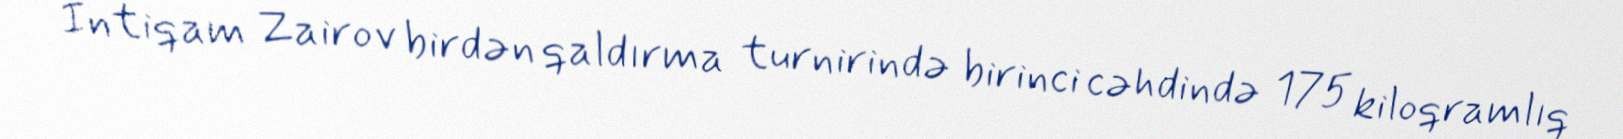
İntiqam Zairov birdən qaldırma turnirində birinci cəhdində 175 kiloqramlıq